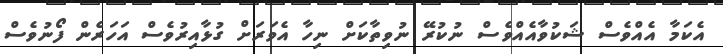
އެކަމާ އެއްވެސް ޝަކުވާއެއްވެސް ނުކުރޭ ނުވިތާކަށް ނިހާ އެވަރަށް ގުޅާއިރުވެސް އަހަރެން ފޯނުވެސް